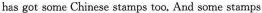
has got some Chinese stamps too. And some stamps